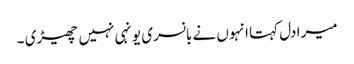
میرا دل کہتا انہوں نے بانسری یونہی نہیں چھیڑی ۔